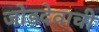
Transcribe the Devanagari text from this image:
जोडदेवाची